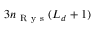
3 n _ { \mathrm { ~ R ~ y ~ s ~ } } ( L _ { d } + 1 )